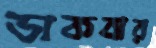
ডাকবার